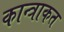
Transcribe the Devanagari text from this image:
कान्त्राकत